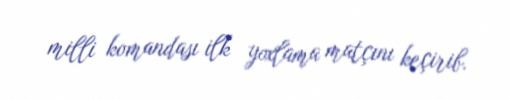
milli komandası ilk yoxlama matçını keçirib.